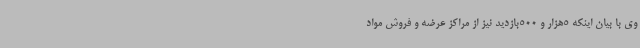
وی با بیان اینکه 5هزار و 500بازدید نیز از مراکز عرضه و فروش مواد